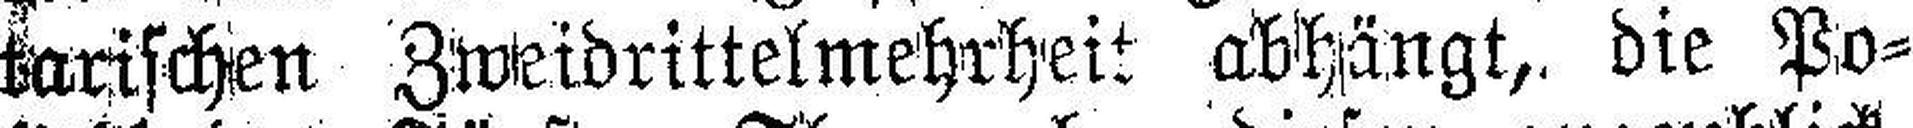
tarischen Zweidrittelmehrheit abhängt, die Po¬